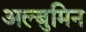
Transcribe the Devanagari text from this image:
अल्बुमिन